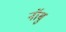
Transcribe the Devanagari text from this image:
नॉबु